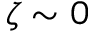
\zeta \sim 0